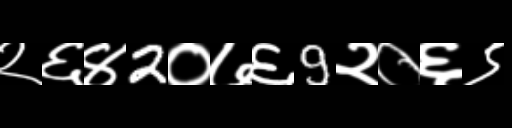
Text: २६४2०७६9२०६९